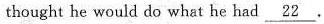
thought he would do what he had \underline{22}.